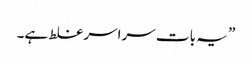
” یہ بات سراسر غلط ہے۔